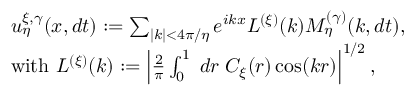
\begin{array} { r l } & { u _ { \eta } ^ { \xi , \gamma } ( x , d t ) : = \sum _ { | k | < 4 \pi / \eta } e ^ { i k x } L ^ { ( \xi ) } ( k ) M _ { \eta } ^ { ( \gamma ) } ( k , d t ) , } \\ & { \mathrm { w i t h ~ } L ^ { ( \xi ) } ( k ) : = \left| \frac { 2 } { \pi } \int _ { 0 } ^ { 1 } \; d r \; C _ { \xi } ( r ) \cos ( k r ) \right| ^ { 1 / 2 } , } \end{array}